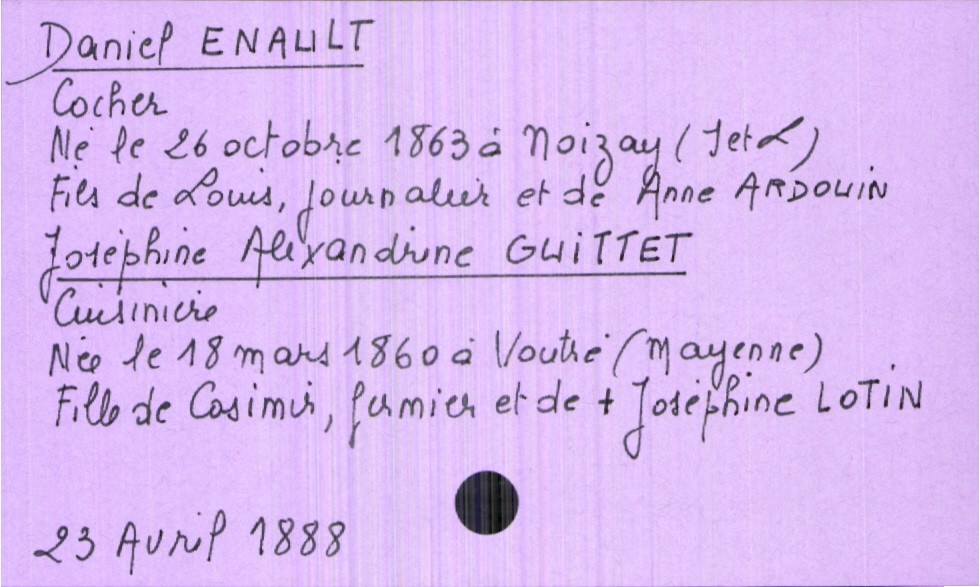
type_acte: Mariage
année: 1888
mois: avril
jour: 23
marié_nom: Enault
marié_prénom: Daniel
marié_profession: cocher
marié_date_de_naissance: 26 octobre 1863
marié_lieu_de_naissance: Noizay (Indre et Loire)
père_marié_nom: Enault
père_marié_prénom: Louis
père_marié_profession: journalier
mère_marié_nom: Ardouin
mère_marié_prénom: Anne
mariée_nom: Guittet
mariée_prénom: Joséphine Alexandrine
mariée_profession: cuisinière
mariée_date_de_naissance: 18 mars 1860
mariée_lieu_de_naissance: Voutré (Mayenne)
père_mariée_nom: Guittet
père_mariée_prénom: Casimir
père_mariée_profession: fermier
mère_mariée_nom: Lotin
mère_mariée_prénom: Joséphine
mère_mariée_statut: décédée